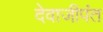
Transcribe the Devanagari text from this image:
देवाजीपंत